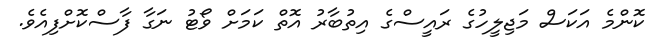
ކޮންމެ އަކަސް މަޖިލީހުގެ ރައީސްގެ އިތުބާރު އޮތް ކަމަށް ވޯޓު ނަގާ ފާސްކޮށްފިއެވެ.